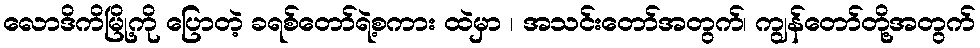
လောဒိကိမြို့ကို ပြောတဲ့ ခရစ်တော်ရဲ့စကား ထဲမှာ ၊ အသင်းတော်အတွက်၊ ကျွန်တော်တို့အတွက်